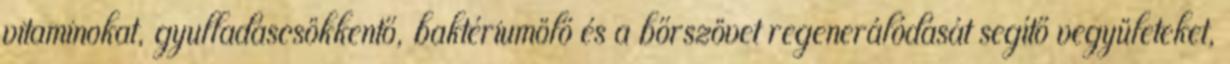
vitaminokat, gyulladáscsökkentő, baktériumölő és a bőrszövet regenerálódását segítő vegyületeket,